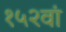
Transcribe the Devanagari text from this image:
१५२वां